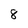
Character: 8